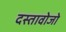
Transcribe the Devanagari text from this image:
दस्तावोजो